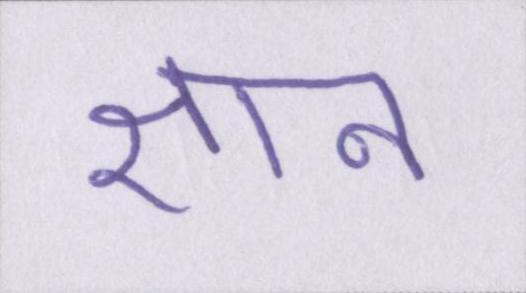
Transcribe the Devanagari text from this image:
ज्ञान